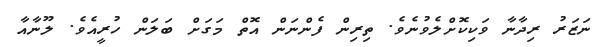
ނަޒަރު ރިދާނާ ވަކިކޮށްލެވުނެވެ. ތިރިން ފެންނަން އޮތް މަގަށް ބަލަން ހުރީއެވެ. ލޫނާއާ